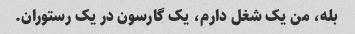
بله، من یک شغل دارم، یک گارسون در یک رستوران.